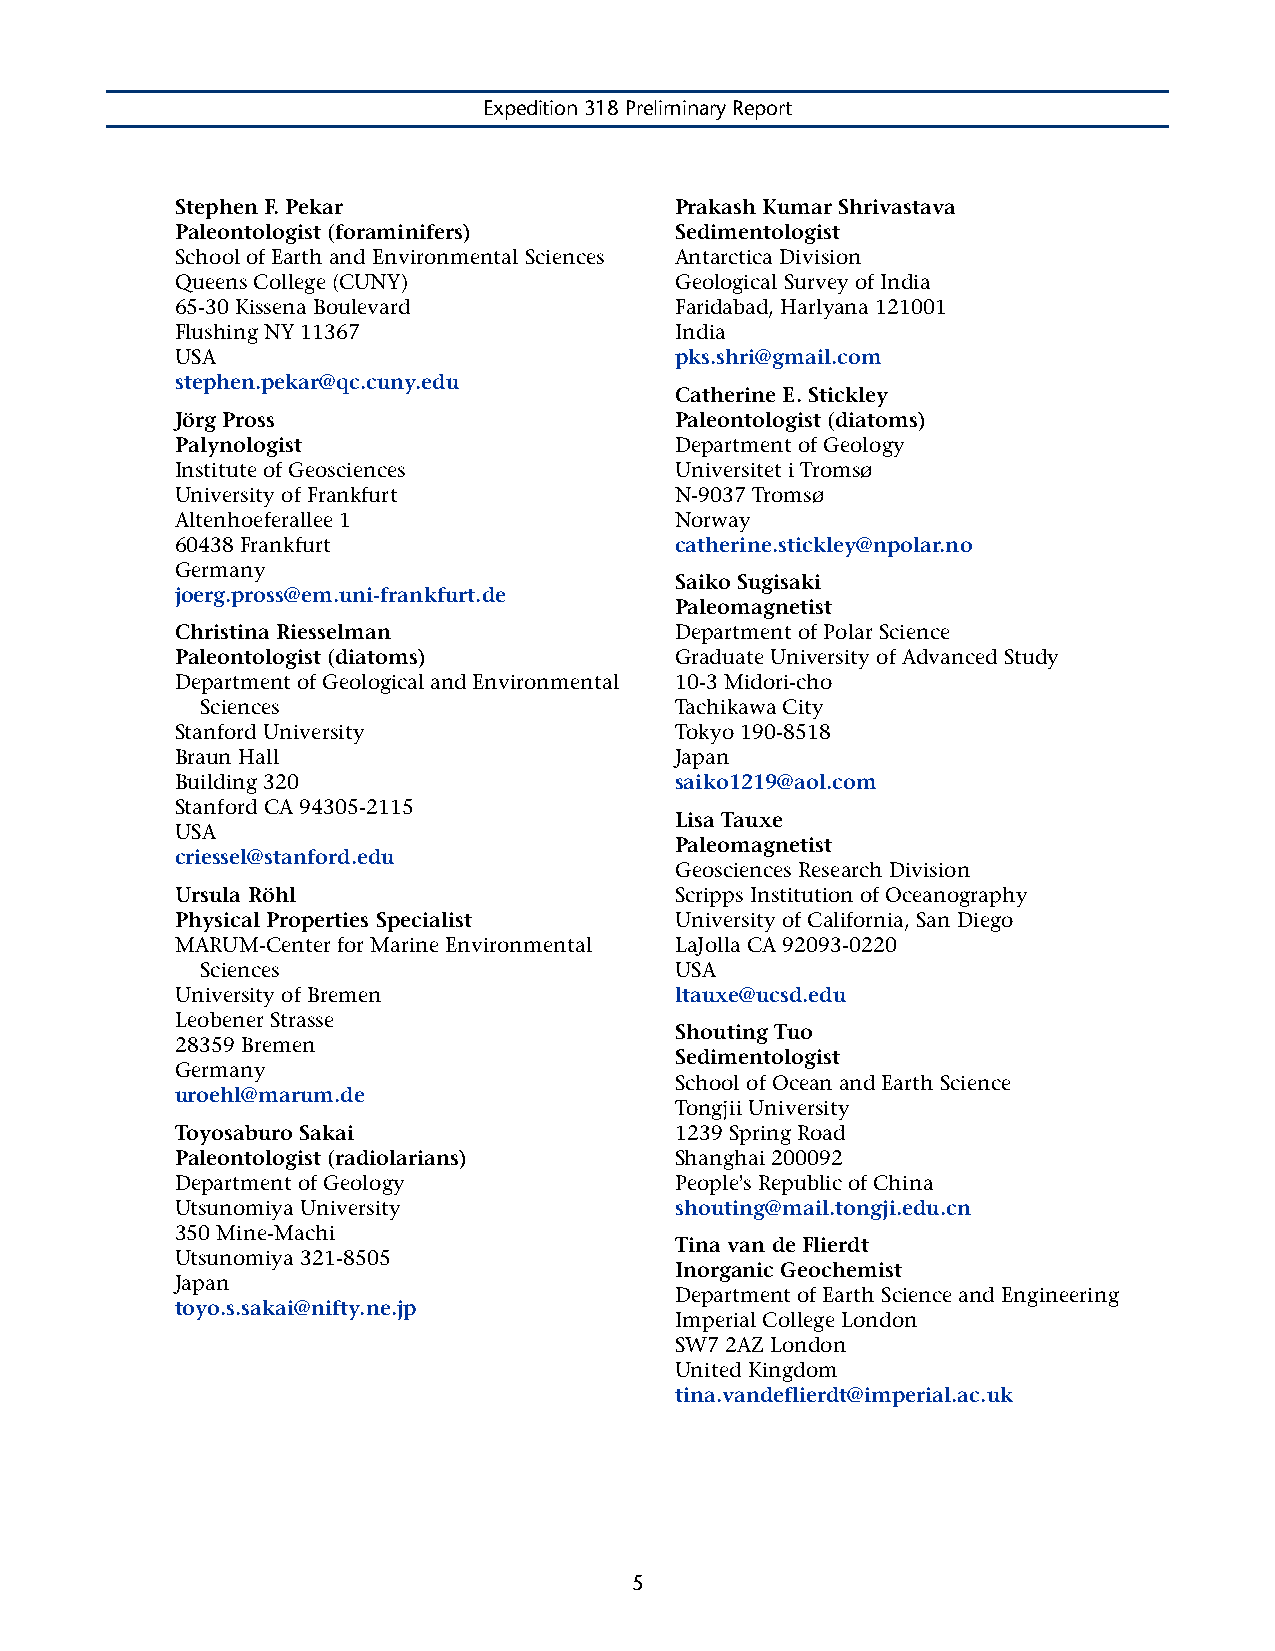
Expedition 318 Preliminary Report
 Stephen F. Pekar                 Prakash Kumar Shrivastava
 Paleontologist (foraminifers)    Sedimentologist
 School of Earth and Environmental Sciences Antarctica Division
 Queens College (CUNY)            Geological Survey of India
 65-30 Kissena Boulevard          Faridabad, Harlyana 121001
 Flushing NY 11367                India
 USA                              pks.shri@gmail.com
 stephen.pekar@qc.cuny.edu
 Catherine E. Stickley
 Jörg Pross                       Paleontologist (diatoms)
 Palynologist                     Department of Geology
 Institute of Geosciences         Universitet i Tromsø
 University of Frankfurt          N-9037 Tromsø
 Altenhoeferallee 1               Norway
 60438 Frankfurt                  catherine.stickley@npolar.no
 Germany
 Saiko Sugisaki
 joerg.pross@em.uni-frankfurt.de
 Paleomagnetist
 Christina Riesselman             Department of Polar Science
 Paleontologist (diatoms)         Graduate University of Advanced Study
 Department of Geological and Environmental 10-3 Midori-cho
 Sciences                        Tachikawa City
 Stanford University              Tokyo 190-8518
 Braun Hall                       Japan
 Building 320                     saiko1219@aol.com
 Stanford CA 94305-2115
 Lisa Tauxe
 USA
 Paleomagnetist
 criessel@stanford.edu
 Geosciences Research Division
 Ursula Röhl                      Scripps Institution of Oceanography
 Physical Properties Specialist   University of California, San Diego
 MARUM-Center for Marine Environmental LaJolla CA 92093-0220
 Sciences                        USA
 University of Bremen             ltauxe@ucsd.edu
 Leobener Strasse
 Shouting Tuo
 28359 Bremen
 Sedimentologist
 Germany
 School of Ocean and Earth Science
 uroehl@marum.de
 Tongjii University
 Toyosaburo Sakai                 1239 Spring Road
 Paleontologist (radiolarians)    Shanghai 200092
 Department of Geology            People's Republic of China
 Utsunomiya University            shouting@mail.tongji.edu.cn
 350 Mine-Machi
 Tina van de Flierdt
 Utsunomiya 321-8505
 Inorganic Geochemist
 Japan
 Department of Earth Science and Engineering
 toyo.s.sakai@nifty.ne.jp
 Imperial College London
 SW7 2AZ London
 United Kingdom
 tina.vandeflierdt@imperial.ac.uk
 5